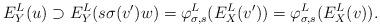
LaTeX: \begin{align*}E^L_Y(u) \supset E^L_Y(s \sigma(v')w) = \varphi_{\sigma, s}^L(E^L_X(v')) = \varphi_{\sigma, s}^L(E^L_X(v)).\end{align*}